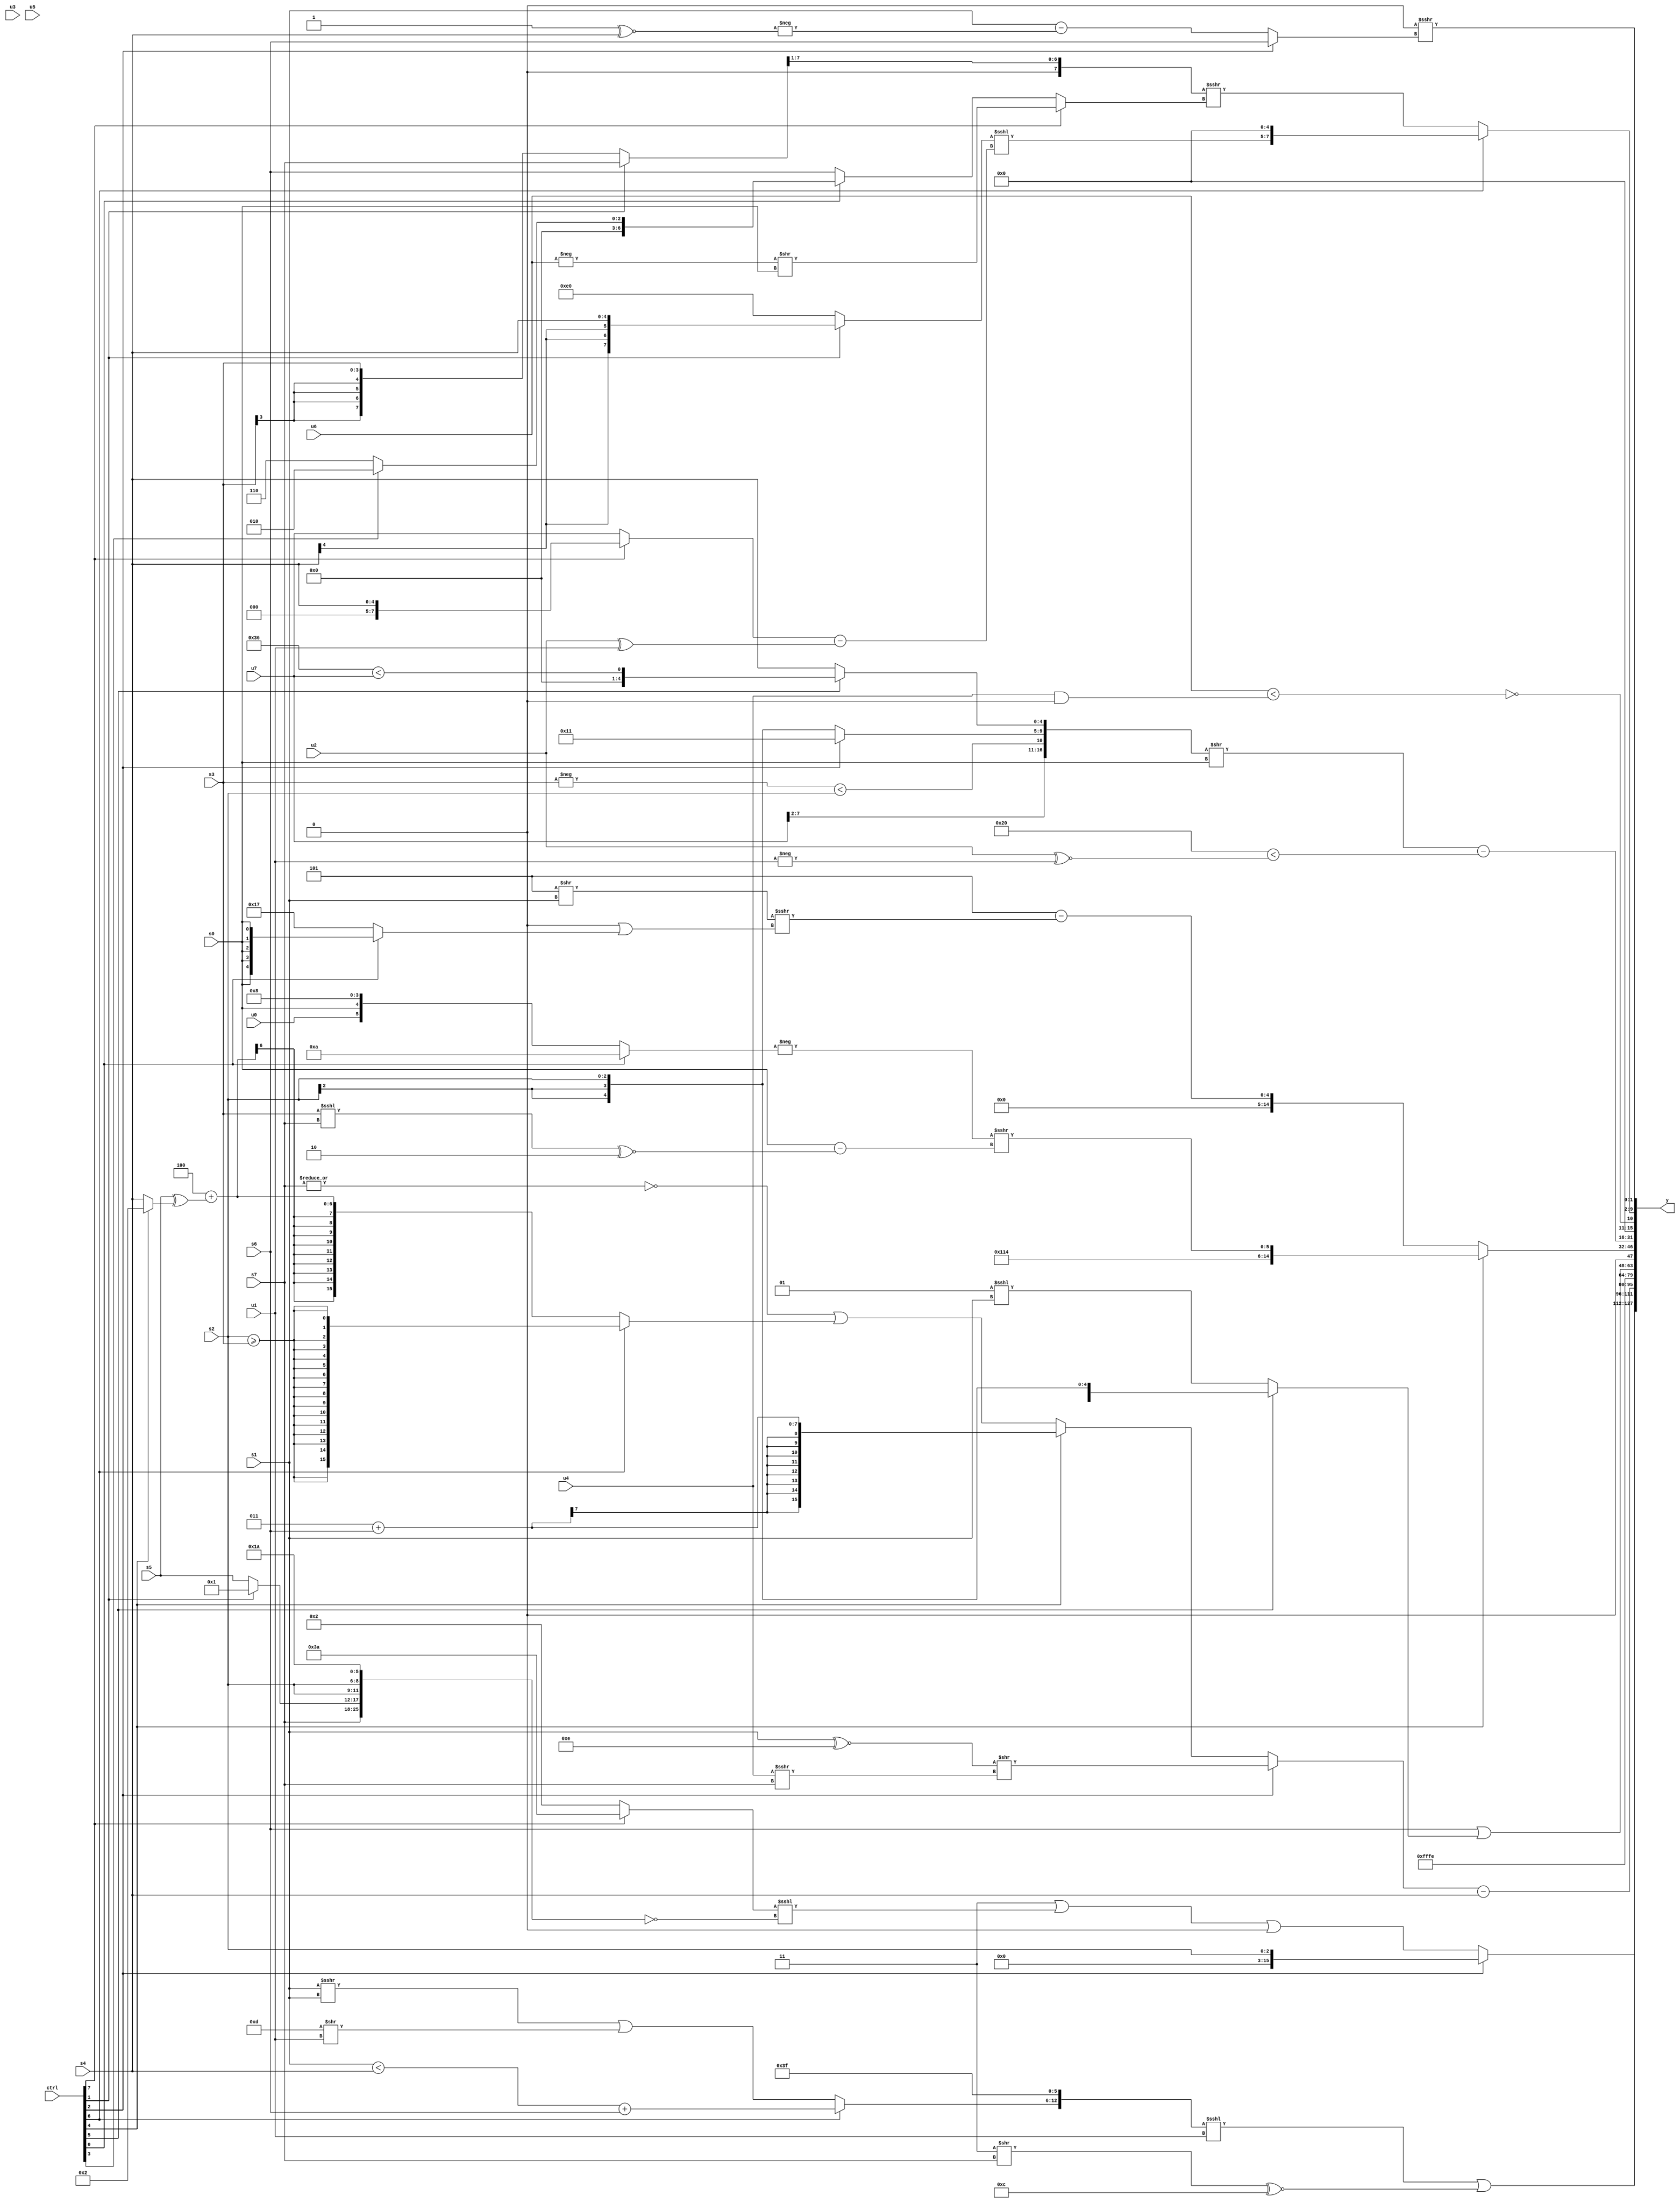
module wideexpr_00059(ctrl, u0, u1, u2, u3, u4, u5, u6, u7, s0, s1, s2, s3, s4, s5, s6, s7, y);
  input [7:0] ctrl;
  input [0:0] u0;
  input [1:0] u1;
  input [2:0] u2;
  input [3:0] u3;
  input [4:0] u4;
  input [5:0] u5;
  input [6:0] u6;
  input [7:0] u7;
  input signed [0:0] s0;
  input signed [1:0] s1;
  input signed [2:0] s2;
  input signed [3:0] s3;
  input signed [4:0] s4;
  input signed [5:0] s5;
  input signed [6:0] s6;
  input signed [7:0] s7;
  output [127:0] y;
  wire [15:0] y0;
  wire [15:0] y1;
  wire [15:0] y2;
  wire [15:0] y3;
  wire [15:0] y4;
  wire [15:0] y5;
  wire [15:0] y6;
  wire [15:0] y7;
  assign y = {y0,y1,y2,y3,y4,y5,y6,y7};
  assign y0 = (ctrl[2]?{s2}:(($signed(2'sb11))|(((ctrl[7]?6'sb111010:2'b10))<<<(~($signed({s7,(ctrl[1]?2'sb01:s5),{2{s2}},6'sb011010})))))|($signed(3'sb000)));
  assign y1 = (($signed($unsigned({(ctrl[6]?((s1)<(s4))+(s6):((s1)>>>(s1))|((6'b001101)>>(u1))),~(~^($signed(6'sb001101))),{((5'sb11010)>>(1'b0))>>>($signed(4'b0111))}})))<<<(u1))|((($signed(3'sb011))>>({s7}))^~(4'b1100));
  assign y2 = ((ctrl[2]?+((($signed(s1))^~(-(5'sb10010)))>>(({1{$signed(+(u4))}})>>>(s7))):(ctrl[4]?+((4'sb0011)+(s6)):(($signed(~|(s7)))>>(((~&(s7))>>({2'sb11,s6}))>>>(-($signed(6'sb111110)))))|((ctrl[6]?$signed((s2)>=(s3)):(3'sb100)+((s5)^((ctrl[4]?3'sb010:s4))))))))-(s4);
  assign y3 = $signed(2'sb10);
  assign y4 = (s6)|((ctrl[5]?s2:(2'sb01)<<<(s1)));
  assign y5 = (ctrl[4]?{5'sb10010,4'sb0010,{3'sb100,(-((ctrl[0]?5'b01010:$signed({u0,s0,1'sb1,3'sb000}))))>>>($signed((s0)-(((s3)<<<(s7))^~((3'sb110)<<<(3'sb000)))))}}:{1{$signed((4'sb1101)-((((4'sb1000)-(+(5'sb11011)))>>(s1))>>>(((5'sb00000)<<<(3'b100))|((ctrl[0]?s0:$signed(5'b10111))))))}});
  assign y6 = (($signed({+((u7)>>>(2'sb10)),(-(s3))<($signed(s2)),$signed((ctrl[2]?5'sb10001:s2)),(ctrl[5]?(6'sb110110)<(u7):s4)}))>>(s0))-((6'sb100000)<($signed((+(u2))^~(-(u1)))));
  assign y7 = {-(~((u6)<(($unsigned(u4))&(4'sb0000)))),(ctrl[6]?(((ctrl[1]?s4:(3'sb110)<<(6'sb000100)))<<<(((ctrl[7]?s4:u7))-((u2)^(u1))))<<<(+($signed(-(3'sb011)))):($signed(((ctrl[1]?s7:s3))>>(+(1'sb1))))>>>((ctrl[7]?(-(u6))>>({s0}):(ctrl[0]?(ctrl[3]?3'sb010:3'sb110):s6)))),(2'sb00)>>>((ctrl[2]?s6:(s1)-(-((3'sb111)^~(s4)))))};
endmodule